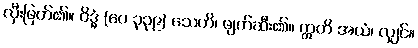
လှီးဖြတ်၏။ ဝိဒ္ဓံ (ပေ ၃၃၉) သေတိ၊ ဖျက်ဆီး၏။ ဣတိ အယံ၊ လျှင်။